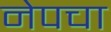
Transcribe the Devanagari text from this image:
नेपचा